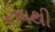
રોષથી